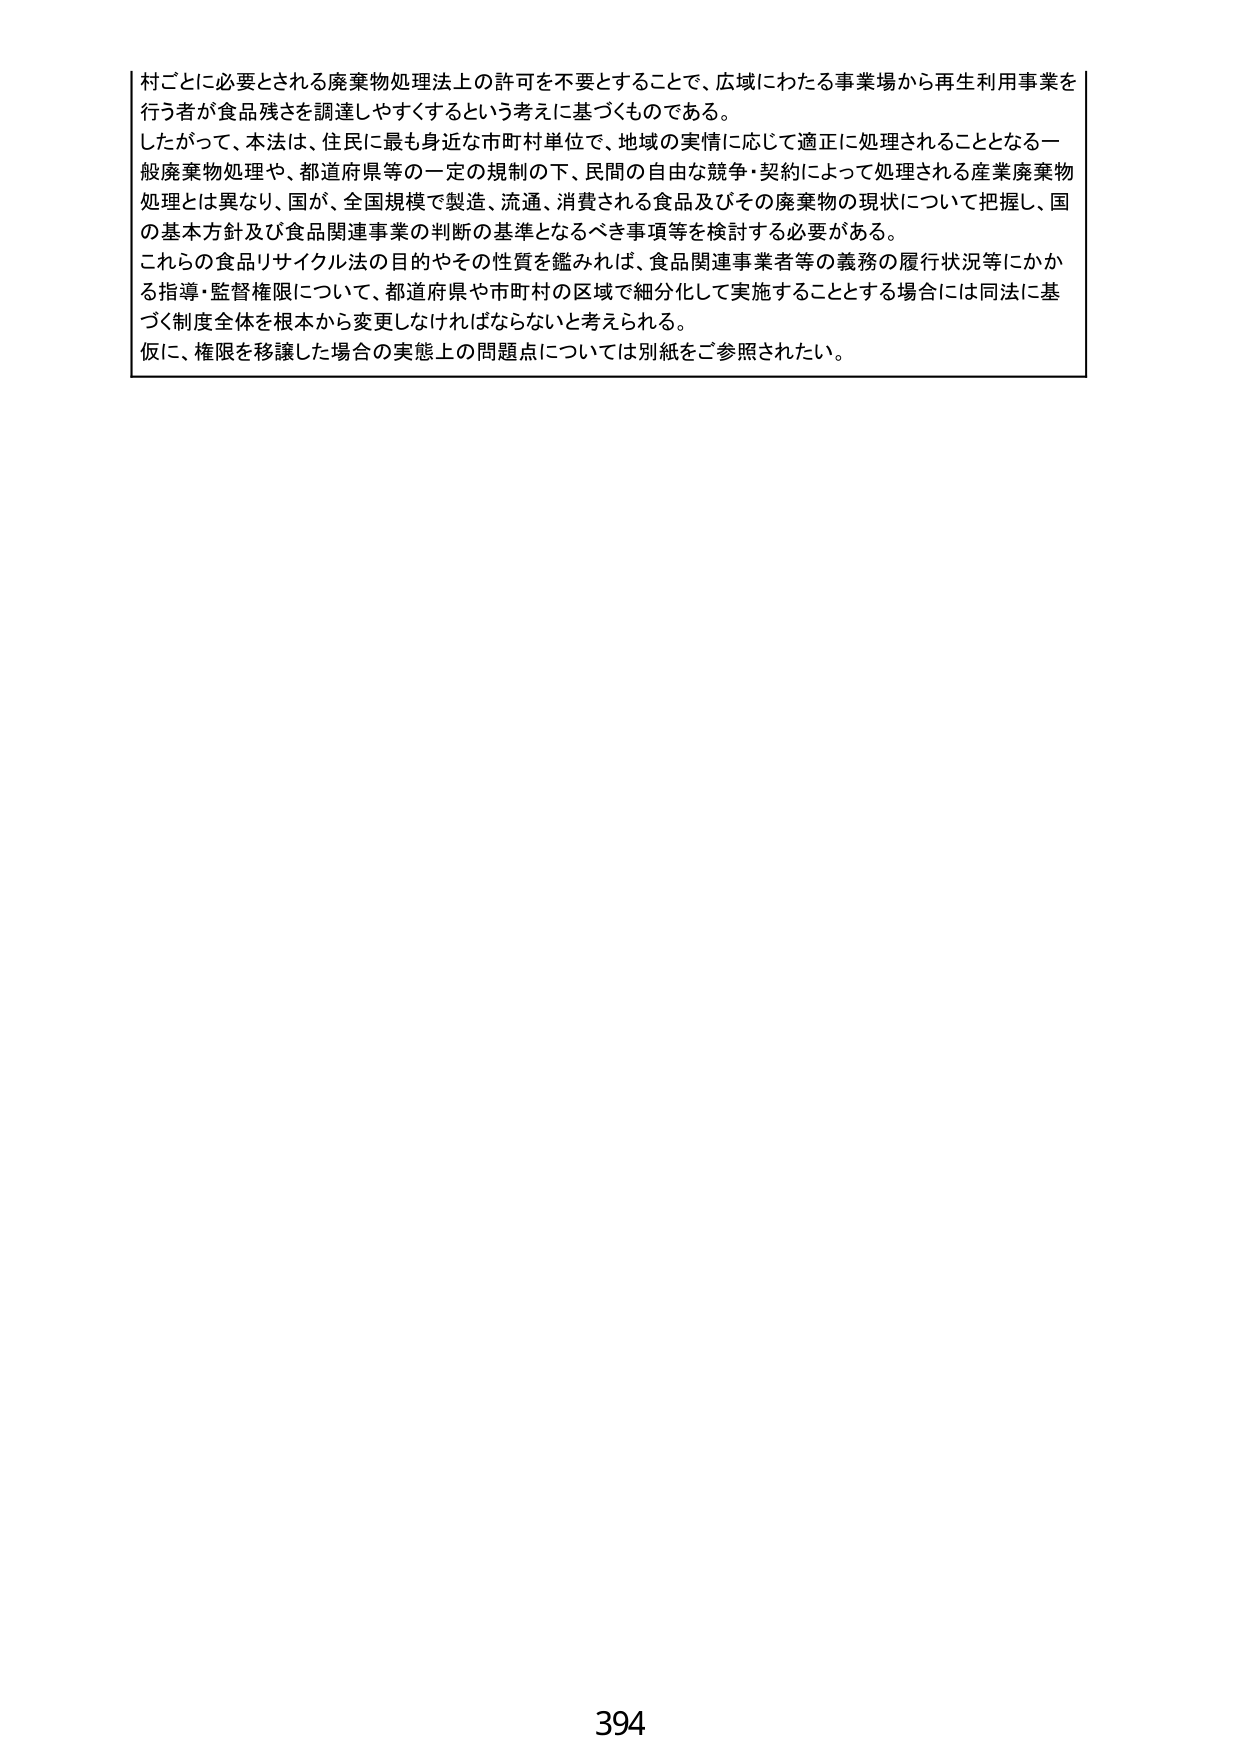
村ごとに必要とされる廃棄物処理法上の許可を不要とすることで、広域にわたる事業場から再生利用事業を行う者が食品残さを調達しやすくするという考えに基づくものである。

したがって、本法は、住民に最も身近な市町村単位で、地域の実情に応じて適正に処理されることとなる一般廃棄物処理や、都道府県等の一定の規制の下、民間の自由な競争・契約によって処理される産業廃棄物処理とは異なり、国が、全国規模で製造、流通、消費される食品及びその廃棄物の現状について把握し、国の基本方針及び食品関連事業の判断の基準となるべき事項等を検討する必要がある。

これらの食品リサイクル法の目的やその性質を鑑みれば、食品関連事業者等の義務の履行状況等にかかる指導・監督権限について、都道府県や市町村の区域で細分化して実施することとする場合には同法に基づく制度全体を根本から変更しなければならないと考えられる。

仮に、権限を移譲した場合の実態上の問題点については別紙をご参照されたい。

394